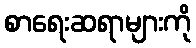
စာရေးဆရာများကို